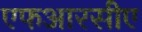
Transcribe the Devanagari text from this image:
एफआरसीए